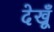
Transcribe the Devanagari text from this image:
देखूँ